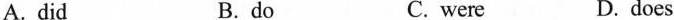
A.did B.do C.were D.does